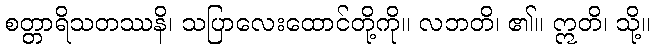
စတ္တာရိသတဿနိ၊ သပြာလေးထောင်တို့ကို။ လဘတိ၊ ၏။ ဣတိ၊ သို့။